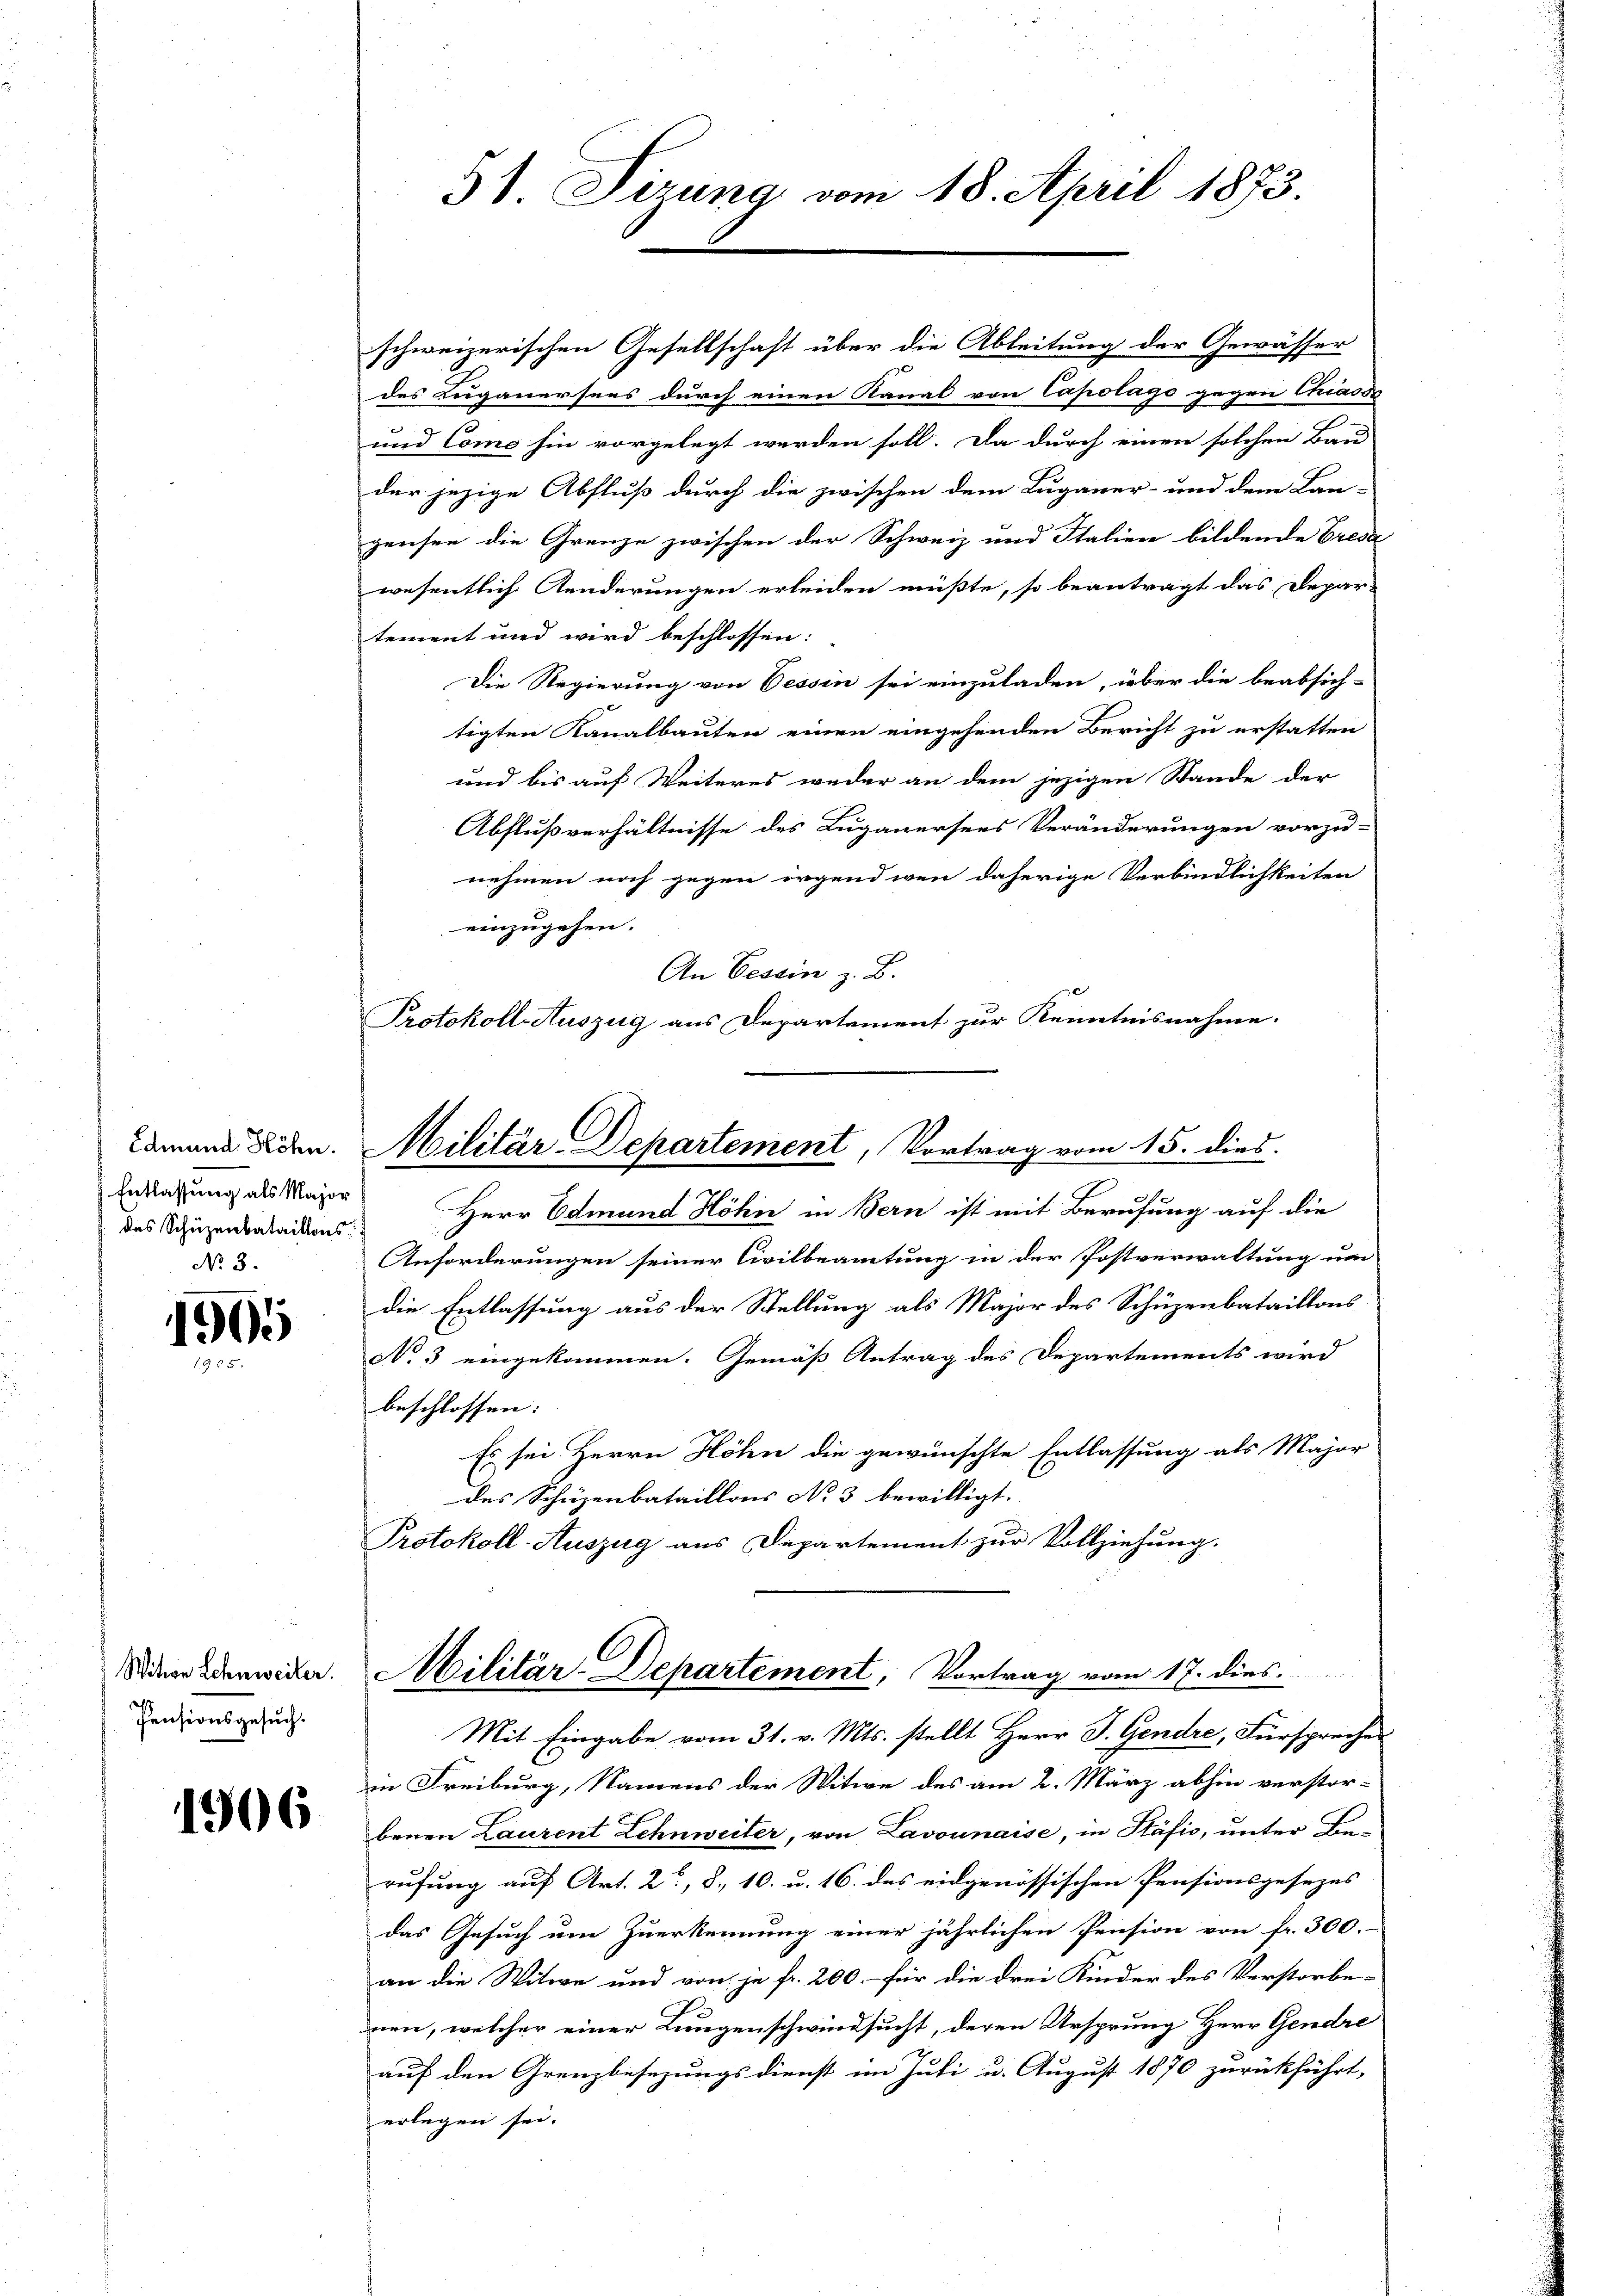
Edmund Höhn.
Entlassung als Major
das Schüzenbataillons
No. 3.

1905

Pensionsgesuch.

1906

schweizerischen Gesellschaft über die Ableitung der Gewässer
des Luganersens durch einen Kanal von Capolags gegen Chiasss
und Como hin vorgelegt werden soll. Da durch einen solchen Bau
der jezige Abfluß durch die zwischen dem Luganer- und dem Lan-
gensee die Grenze zwischen der Schweiz und Italien bildende Cresa
wesentlich Aenderungen erleiden müßte, so beantragt das Depar-
tement und wird beschlossen:
Die Regierung von Cessin sei einzuladen, über die beabsich-
tigten Kanalbauten einen eingehenden Bericht zu erstatten
und bis auf Weiteres weder an dem jezigen Stande der
Abflußverhältnisse des Luganersees Veränderungen vorzu-
nehmen noch gegen irgend wenn daherige Verbindlichkeiten
einzugehen.
An Cessin z. B.
Protokoll-Auszug aus Departement zur Kenntnisnahme.

51. Sizung vom 18. April 1873.

Militär-Departement, Vortrag vom 15. dies

Herr Edmund Höhn in Bern ist mit Berufung auf die
Anforderungen seiner Civilbeamtung in der Postverwaltung um
die Entlassung aus der Stellung als Major des Schüzenbataillons
No 3 eingekommen. Gemäß Antrag des Departements wird
beschlossen:
Es sei Herrn Höhn die gewünschte Entlassung als Major
des Schüzenbataillons No 3 bewilligt.
Protokoll-Auszug aus Departement zur Vollziehung.

Siner Edenwider. Militär-Departement, Vortrag vom 17. dies

Mit Eingabe vom 31. v. Mts. stellt Herr J. Gendre, Fürsprecher
in Freiburg, Namens der Witwe des am 2. März abhin verstor-
benen Laurent Lehnweiter, von Lavonnaise, in Stäfis, unter Berufung auf Art. 2, 8. 10. u. 16. des eidgenössischen Pensionsgesezes
das Gesuch um Zuerkennung einer jährlichen Pension von fr. 300.-
an die Witwe und von je fr. 200 - für die drei Kinder des Verstorbe-
nen, welcher einer Lungenschwindsucht, deren Ursprung Herr Gendre
auf den Grenzbesezungsdienst im Juli u. August 1870 zurückführt,
erlegen sei.